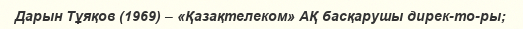
Дарын Тұяқов (1969) – «Қазақтелеком» АҚ басқарушы дирек­то­ры;